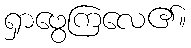
ရှာဖွေကြလေ၏။